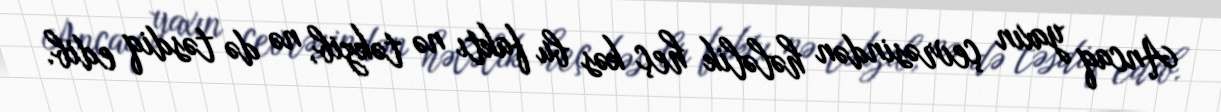
Ancaq yaxın çevrəsindən hələlik heç kəs bu faktı nə təkzib, nə də təsdiq edib.